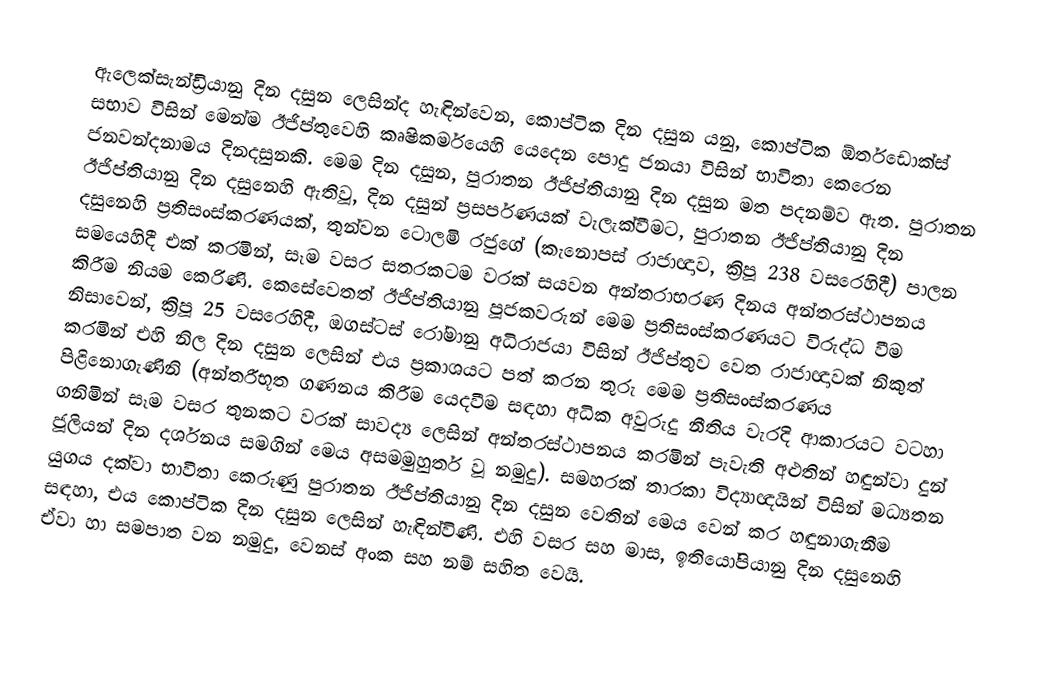
ඇලෙක්සැන්ඩ්‍රියානු දින දසුන ලෙසින්ද හැඳින්වෙන, කොප්ටික දින දසුන යනු, කොප්ටික ඕර්තඩොක්ස් සභාව විසින් මෙන්ම ඊජිප්තුවෙහි කෘෂිකර්මයෙහි යෙදෙන පොදු ජනයා විසින් භාවිතා කෙරෙන  ජනවන්දනාමය දිනදසුනකි. මෙම දින දසුන, පුරාතන ඊජිප්තියානු දින දසුන මත පදනම්ව ඇත. පුරාතන ඊජිප්තියානු දින දසුනෙහි ඇතිවූ, දින දසුන් ප්‍රසර්පණයක් වැලැක්වීමට, පුරාතන ඊජිප්තියානු දින දසුනෙහි ප්‍රතිසංස්කරණයක්,   තුන්වන ටොලමි රජුගේ (කැනොපස් රාජාඥාව, ක්‍රිපූ 238 වසරෙහිදී) පාලන සමයෙහිදී එක් කරමින්, සෑම වසර සතරකටම වරක් සයවන  අන්තරාභරණ දිනය අන්තරස්ථාපනය කිරීම නියම කෙරිණි. කෙසේවෙතත් ඊජිප්තියානු පූජකවරුන් මෙම ප්‍රතිසංස්කරණයට විරුද්ධ වීම නිසාවෙන්, ක්‍රිපූ 25 වසරෙහිදී, ඔගස්ටස් රෝමානු අධිරාජයා විසින්  ඊජිප්තුව වෙත රාජාඥාවක් නිකුත් කරමින්  එහි නිල දින දසුන ලෙසින් එය ප්‍රකාශයට පත් කරන තුරු මෙම ප්‍රතිසංස්කරණය පිළිනොගැණිනි (අන්තරීභූත ගණනය කිරීම යෙදවීම සඳහා අධික අවුරුදු නීතිය වැරදි ආකාරයට වටහා ගනිමින් සෑම වසර තුනකට වරක් සාවද්‍ය ලෙසින් අන්තරස්ථාපනය කරමින් පැවැති අළුතින් හඳුන්වා දුන් ජූලියන් දින දර්ශනය සමගින් මෙය අසමමුහුර්ත වූ නමුදු). සමහරක් තාරකා විද්‍යාඥයින් විසින් මධ්‍යතන යුගය දක්වා භාවිතා කෙරුණු පුරාතන ඊජිප්තියානු දින දසුන වෙතින් මෙය වෙන් කර හඳුනාගැනීම සඳහා, එය කොප්ටික දින දසුන ලෙසින් හැඳින්විණි. එහි වසර සහ මාස, ඉතියෝපියානු දින දසුනෙහි ඒවා හා සමපාත වන නමුදු, වෙනස් අංක සහ නම් සහිත වෙයි.